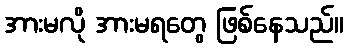
အားမလို အားမရတွေ ဖြစ်နေသည်။